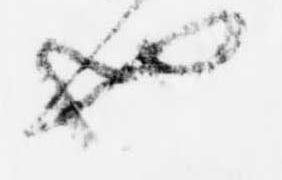
也